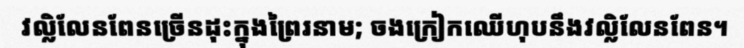
វល្លិលែនពែនច្រើនដុះក្នុងព្រៃរនាម; ចងក្រៀកឈើហុបនឹងវល្លិលែនពែន។